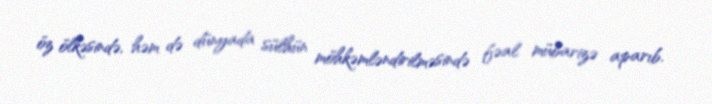
öz ölkəsində, həm də dünyada sülhün möhkəmləndirilməsində fəal mübarizə aparıb.